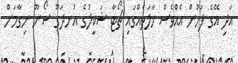
އަދި އޭގެ ފަހުން އެއްވެސް ހާލަތެއްގައި ޗޯޓާ ޝަކީލުގެ އުނދަގޫ ސޯނޫ ނިގާމަށް